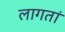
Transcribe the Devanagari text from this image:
लागतां